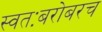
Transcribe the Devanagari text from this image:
स्वतःबरोबरच